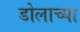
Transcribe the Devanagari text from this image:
डोलाच्या